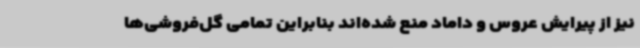
نیز از پیرایش عروس و داماد منع شده‌اند بنابراین تمامی گل‌فروشی‌ها